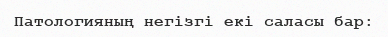
Патологияның негізгі екі саласы бар: